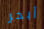
أبحر